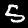
Label: 5